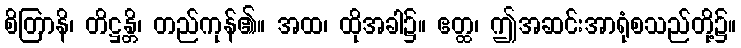
စိတြာနိ၊ တိဋ္ဌန္တိ၊ တည်ကုန်၏။ အထ၊ ထိုအခါ၌။ ဧတ္ထ၊ ဤအဆင်းအာရုံစသည်တို့၌။